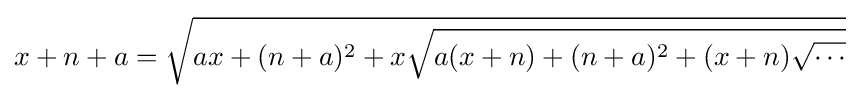
x+n+a={\sqrt {ax+(n+a)^{2}+x{\sqrt {a(x+n)+(n+a)^{2}+(x+n){\sqrt {\cdots }}}}}}